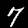
Digit: 7